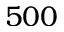
5 0 0